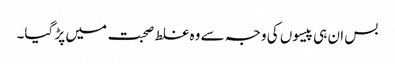
بس ان ہی پیسوں کی وجہ سے وہ غلط صحبت میں پڑ گیا۔